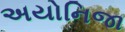
અયોનિજા